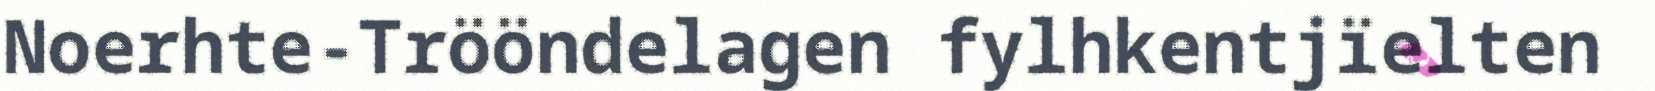
Noerhte-Trööndelagen fylhkentjïelten